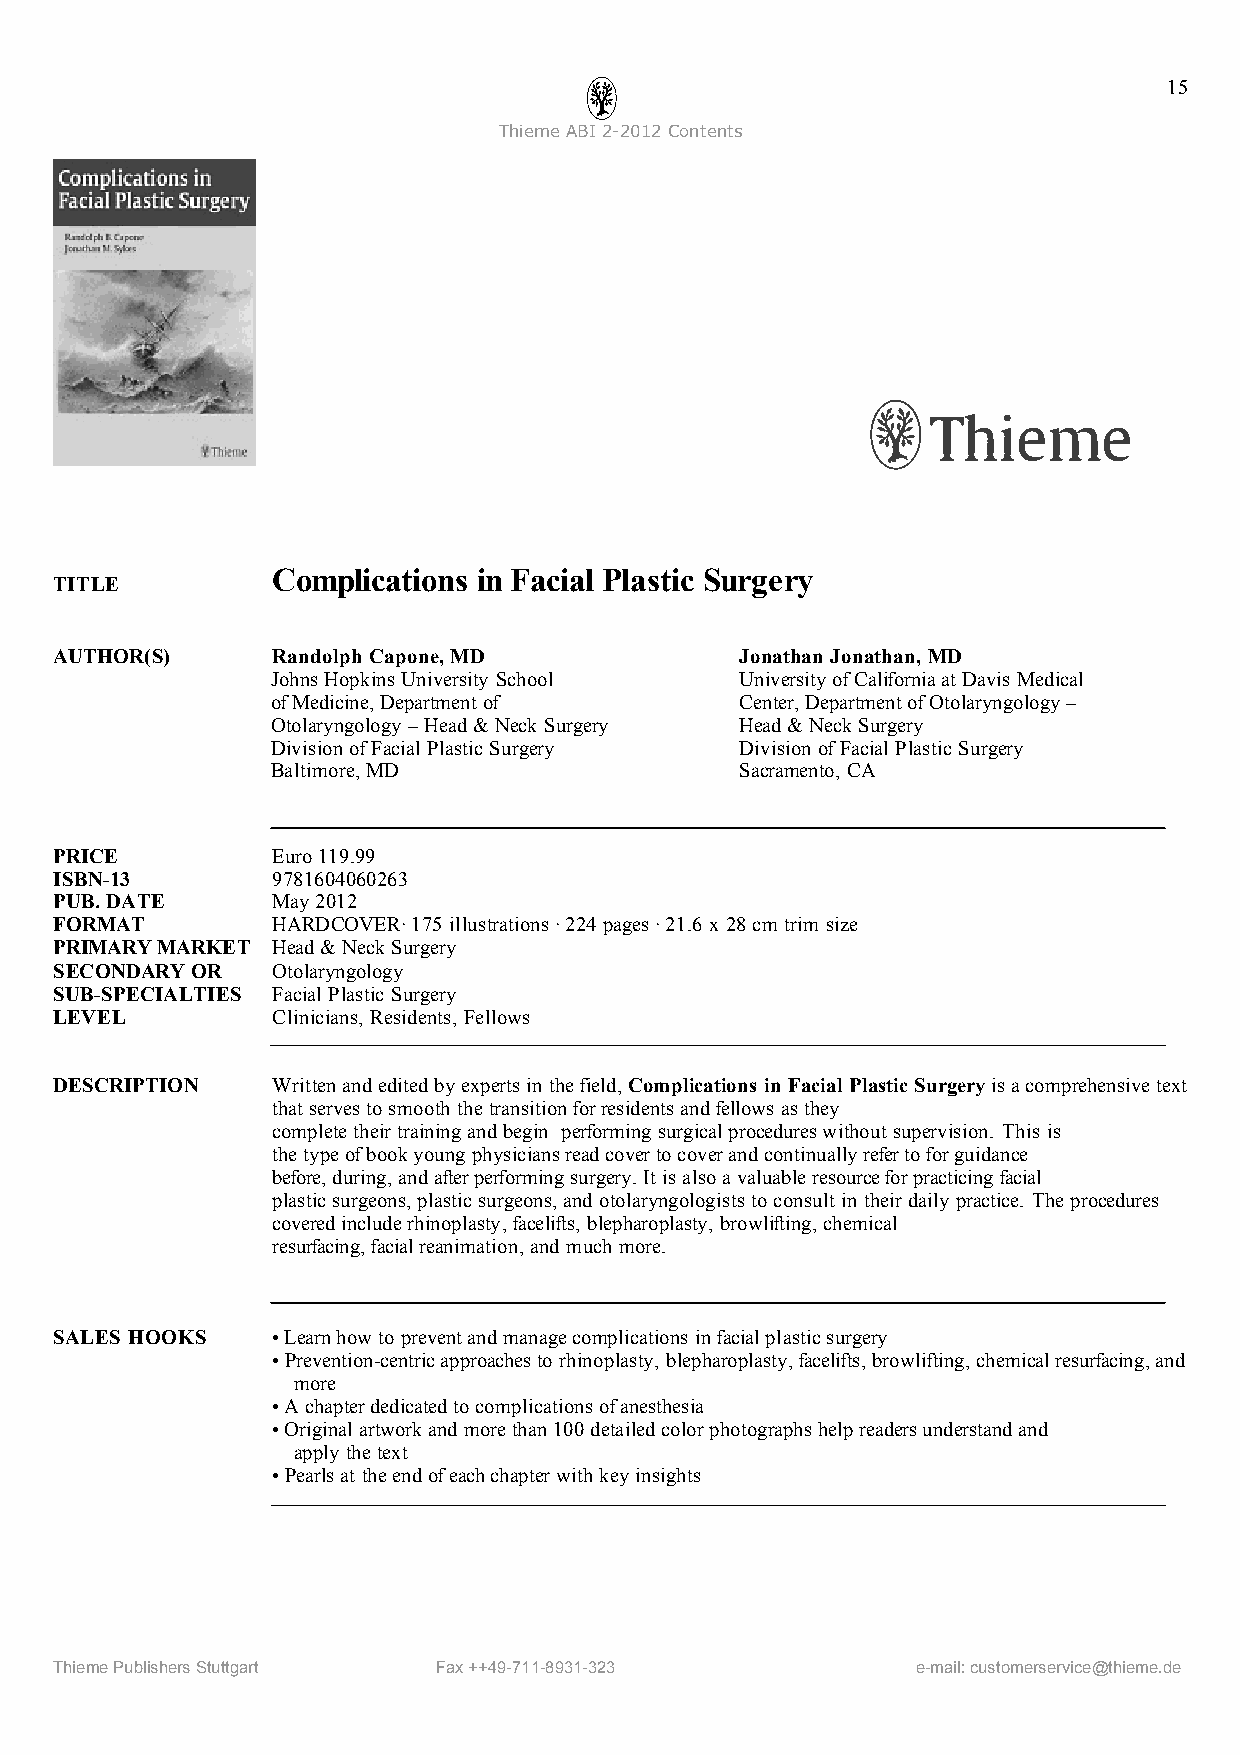
15
 ThiemeABI2-2012Contents
 Complications in Facial Plastic Surgery
 TITLE
 AUTHOR(S)     Randolph Capone,MD             Jonathan Jonathan, MD
 JohnsHopkinsUniversity School  University ofCaliforniaatDavis Medical
 ofMedicine,Department of       Center,DepartmentofOtolaryngology–
 Otolaryngology–Head&Neck Surgery Head &NeckSurgery
 Division ofFacial Plastic Surgery Division ofFacial Plastic Surgery
 Baltimore, MD                  Sacramento, CA
 PRICE         Euro119.99
 ISBN-13       9781604060263
 PUB.DATE      May2012
 FORMAT        HARDCOVER·175 illustrations·224 pages·21.6 x28cm trim size
 PRIMARYMARKET Head &NeckSurgery
 SECONDARYOR   Otolaryngology
 SUB-SPECIALTIES Facial Plastic Surgery
 LEVEL         Clinicians, Residents, Fellows
 DESCRIPTION   Writtenandedited byexperts in thefield,Complications in Facial PlasticSurgeryisacomprehensivetext
 that servesto smooth thetransitionforresidentsandfellows asthey
 completetheirtraining andbegin performing surgicalprocedureswithout supervision. This is
 thetypeofbookyoung physiciansreadcovertocoverandcontinuallyrefertoforguidance
 before,during,andafterperforming surgery.It isalsoavaluableresourceforpracticingfacial
 plasticsurgeons,plasticsurgeons,and otolaryngologists toconsult in theirdaily practice. Theprocedures
 coveredincluderhinoplasty,facelifts, blepharoplasty, browlifting,chemical
 resurfacing,facialreanimation,and much more.
 SALES HOOKS   •Learnhowto preventand managecomplications infacialplasticsurgery
 •Prevention-centricapproachesto rhinoplasty, blepharoplasty,facelifts,browlifting,chemicalresurfacing,and
 more
 •Achapterdedicatedtocomplicationsofanesthesia
 •Originalartworkand morethan100 detailedcolorphotographshelpreadersunderstandand
 apply thetext
 •Pearlsat theendofeachchapterwith key insights
 ThiemePublishersStuttgart Fax++49-711-8931-323           e-mail:customerservice@thieme.de